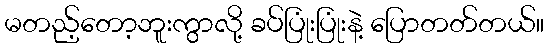
မတည့်တော့ဘူးကွာလို့ ခပ်ပြုံးပြုံးနဲ့ ပြောတတ်တယ်။